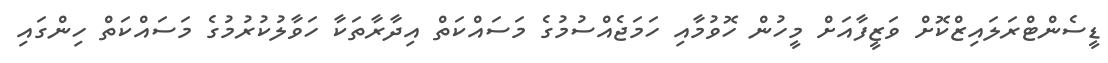
ޑީސެންޓްރަލައިޒްކޮށް ވަޒީފާއަށް މީހުން ހޮވުމާއި ހަމަޖެއްސުމުގެ މަސައްކަތް އިދާރާތަކާ ހަވާލުކުރުމުގެ މަސައްކަތް ހިންގައި